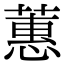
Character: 蕙